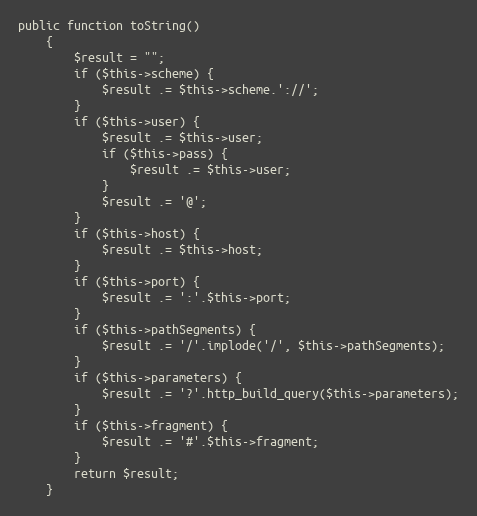
Language: PHP
public function toString()
    {
        $result = "";
        if ($this->scheme) {
            $result .= $this->scheme.'://';
        }
        if ($this->user) {
            $result .= $this->user;
            if ($this->pass) {
                $result .= $this->user;
            }
            $result .= '@';
        }
        if ($this->host) {
            $result .= $this->host;
        }
        if ($this->port) {
            $result .= ':'.$this->port;
        }
        if ($this->pathSegments) {
            $result .= '/'.implode('/', $this->pathSegments);
        }
        if ($this->parameters) {
            $result .= '?'.http_build_query($this->parameters);
        }
        if ($this->fragment) {
            $result .= '#'.$this->fragment;
        }
        return $result;
    }